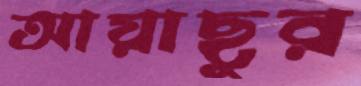
আয়াছুর